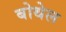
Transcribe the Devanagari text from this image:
बोथेल